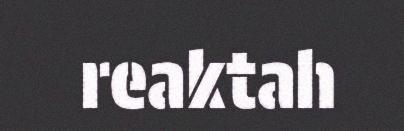
reaktah